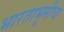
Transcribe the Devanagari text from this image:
भारताभूमीचा